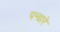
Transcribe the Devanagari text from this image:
पन्ढारे